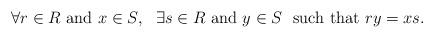
LaTeX: \begin{align*}\forall r \in R\textrm{ and } x \in S,\ \ \exists s \in R \textrm{ and } y \in S\ \textrm{ such that } ry = xs.\end{align*}